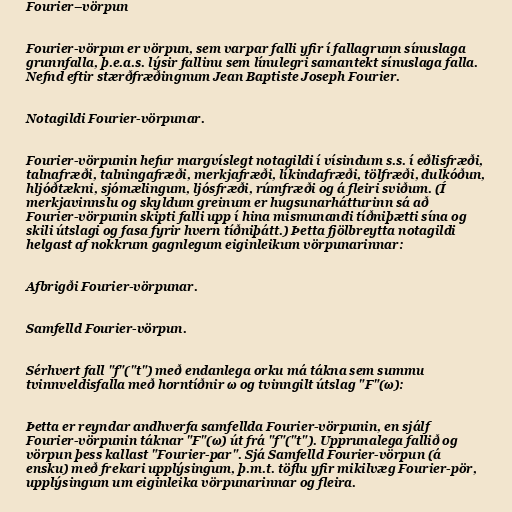
Fourier–vörpun

Fourier-vörpun er vörpun, sem varpar falli yfir í fallagrunn sínuslaga
grunnfalla, þ.e.a.s. lýsir fallinu sem línulegri samantekt sínuslaga falla.
Nefnd eftir stærðfræðingnum Jean Baptiste Joseph Fourier.

Notagildi Fourier-vörpunar.

Fourier-vörpunin hefur margvíslegt notagildi í vísindum s.s. í eðlisfræði,
talnafræði, talningafræði, merkjafræði, líkindafræði, tölfræði, dulkóðun,
hljóðtækni, sjómælingum, ljósfræði, rúmfræði og á fleiri sviðum. (Í
merkjavinnslu og skyldum greinum er hugsunarhátturinn sá að
Fourier-vörpunin skipti falli upp í hina mismunandi tíðniþætti sína og
skili útslagi og fasa fyrir hvern tíðniþátt.) Þetta fjölbreytta notagildi
helgast af nokkrum gagnlegum eiginleikum vörpunarinnar:

Afbrigði Fourier-vörpunar.

Samfelld Fourier-vörpun.

Sérhvert fall "f"("t") með endanlega orku má tákna sem summu
tvinnveldisfalla með horntíðnir ω og tvinngilt útslag "F"(ω):

Þetta er reyndar andhverfa samfellda Fourier-vörpunin, en sjálf
Fourier-vörpunin táknar "F"(ω) út frá "f"("t"). Upprunalega fallið og
vörpun þess kallast "Fourier-par". Sjá Samfelld Fourier-vörpun (á
ensku) með frekari upplýsingum, þ.m.t. töflu yfir mikilvæg Fourier-pör,
upplýsingum um eiginleika vörpunarinnar og fleira.